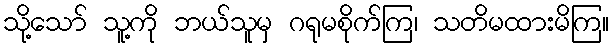
သို့သော် သူ့ကို ဘယ်သူမှ ဂရုမစိုက်ကြ၊ သတိမထားမိကြ။